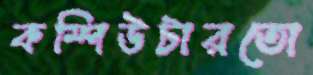
কম্পিউটারতো